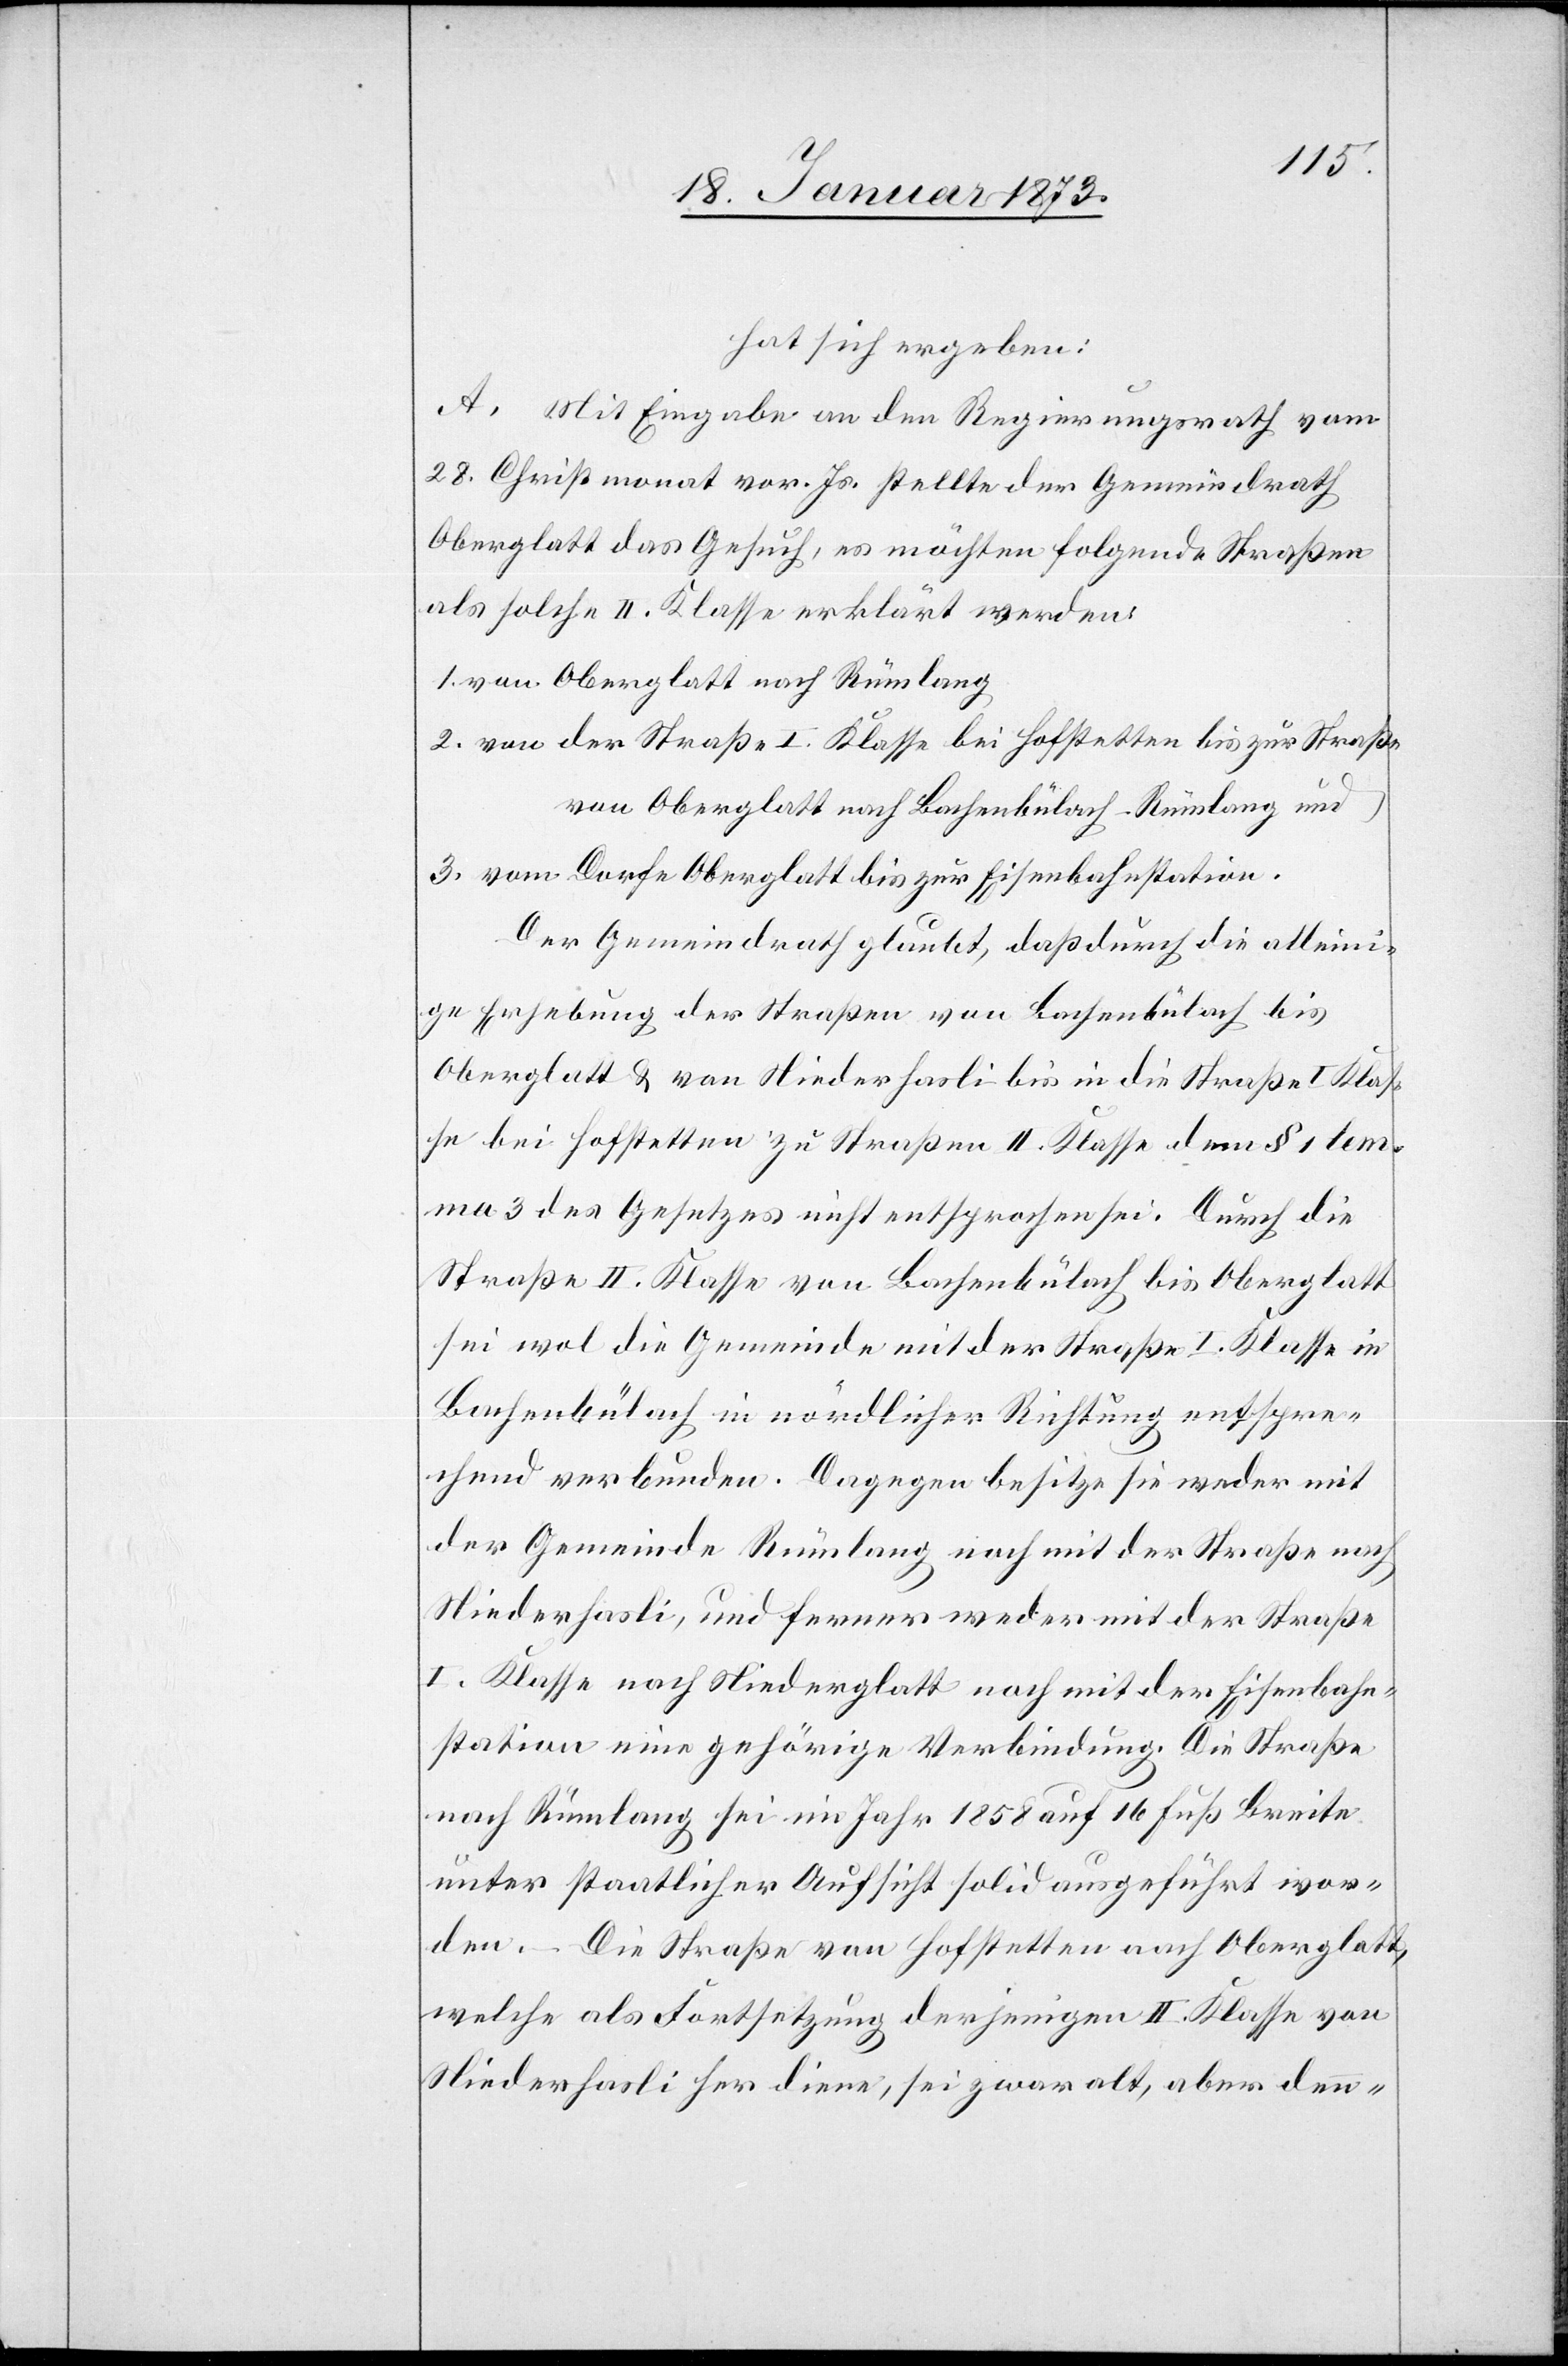
hat sich ergeben:
A. Mit Eingabe an den Regierungsrath vom
18. Christmonat vor. Js. stellte der Gemeindrath
Oberglatt das Gesuch, es möchten folgende Straßen
als solche II. Klasse erklärt werden:
1. von Oberglatt nach Rümlang
2. von der Straße I. Klasse bei Hofstetten bis zu Straße
von Oberglatt nach Bachenbülach–Rümlang und
3. vom Dorfe Oberglatt bis zur Eisenbahnstation.
Der Gemeindrath glaubt, daß durch die alleini¬
ge Erhebung der Straßen von Bachenbülach bis
Oberglatt u. von Niederhasli bis in die Straße I. Klas¬
se bei Hofstetten zu Straßen II. Klasse dem § 1 Lem¬
ma 3 des Gesetzes nicht entsprochen sei. Durch die
Straße II. Klasse von Bachenbülach bis Oberglatt
sei mal die Gemeinde mit der Straße I. Klasse in
Bachenbülach in nördlicher Richtung entspre¬
chend verbunden. Dagegen besitze sie weder mit
der Gemeinde Rümlang noch mit der Straße nach
Niederhasli, und ferner weder mit der Straße
I. Klasse nach Niederglatt noch mit der Eisenbahn¬
station eine gehörige Verbindung. Die Straße
nach Rümlang sei im Jahr 1858 auf 16 Fuß Breite
unter staatlicher Aufsicht solid ausgeführt wor¬
den. Die Straße von Hofstetten nach Oberglatt,
welche als Fortsetzung derjenigen II. Klasse von
Niederhasli her diene, sei zwar alt, aber denn-